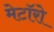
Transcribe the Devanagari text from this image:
मेटॉरो